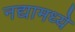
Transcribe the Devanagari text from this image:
नद्यामध्ये